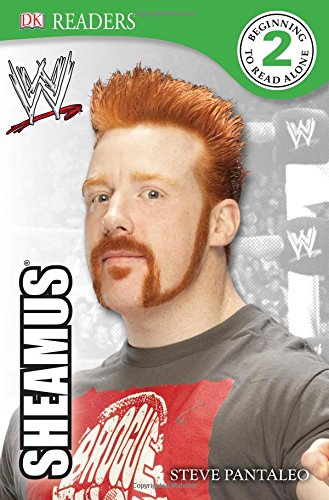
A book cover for DK Reader Level 2:  WWE Sheamus (DK Readers: Level 2); Steve Pantaleo; Children's Books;